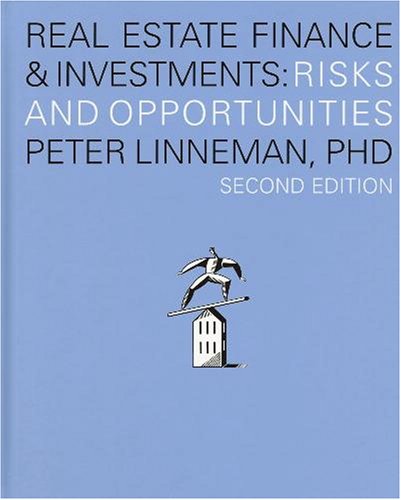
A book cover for Real Estate Finance & Investments: Risks and Opportunities, Second Edition; Peter Linneman; Business & Money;